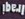
Iraqi